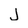
Character: j